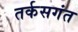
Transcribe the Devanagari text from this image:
तर्कसगंत